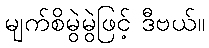
မျက်စိမွဲမွဲဖြင့် ဒီဗယ်။